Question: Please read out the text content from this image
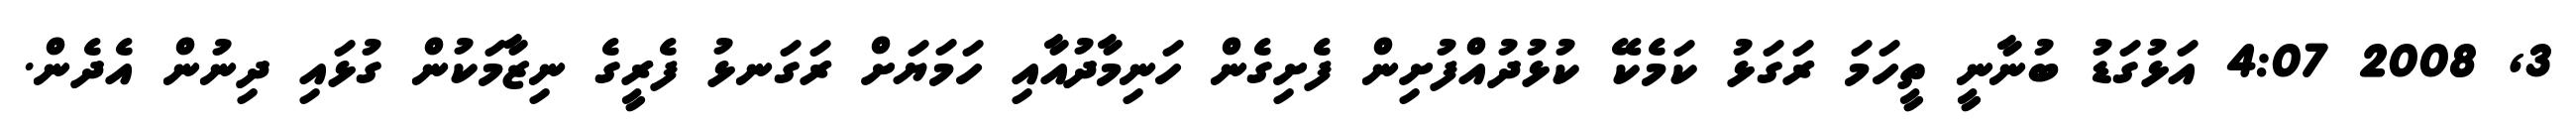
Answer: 3, 2008 4:07 އަޅުގަޑު ބުނާނީ ތީހަމަ ރަގަޅު ކަމެކޭ ކުޅުދުއްފުށިން ފެށިގެން ހަނިމާދުއާއި ހަމަޔަށް ރަގަނޅު ފެރީގެ ނިޒާމަކުން ގުޅައި ދިނުން އެދެން.